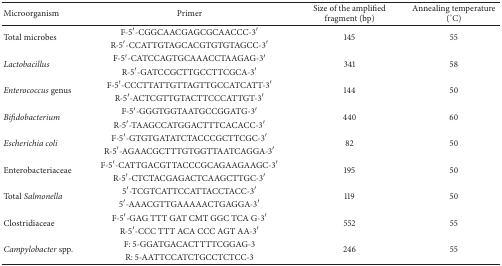
<table><thead><tr><td><b>Microorganism</b></td><td><b>Primer</b></td><td><b>Size of the amplified fragment (bp)</b></td><td><b>Annealing temperature (°C)</b></td></tr></thead><tbody><tr><td rowspan="2">Total microbes</td><td>F-5′-CGGCAACGAGCGCAACCC-3′</td><td rowspan="2">145</td><td rowspan="2">55</td></tr><tr><td>R-5′-CCATTGTAGCACGTGTGTAGCC-3′</td></tr><tr><td rowspan="2"><i>Lactobacillus</i></td><td>F-5′-CATCCAGTGCAAACCTAAGAG-3′</td><td rowspan="2">341</td><td rowspan="2">58</td></tr><tr><td>R-5′-GATCCGCTTGCCTTCGCA-3′</td></tr><tr><td rowspan="2"><i>Enterococcus </i>genus</td><td>F-5′-CCCTTATTGTTAGTTGCCATCATT-3′</td><td rowspan="2">144</td><td rowspan="2">50</td></tr><tr><td>R-5′-ACTCGTTGTACTTCCCATTGT-3′</td></tr><tr><td rowspan="2"><i>Bifidobacterium</i></td><td>F-5′-GGGTGGTAATGCCGGATG-3′</td><td rowspan="2">440</td><td rowspan="2">60</td></tr><tr><td>R-5′-TAAGCCATGGACTTTCACACC-3′</td></tr><tr><td rowspan="2"><i>Escherichia coli</i></td><td>F-5′-GTGTGATATCTACCCGCTTCGC-3′</td><td rowspan="2">82</td><td rowspan="2">50</td></tr><tr><td>R-5′-AGAACGCTTTGTGGTTAATCAGGA-3′</td></tr><tr><td rowspan="2">Enterobacteriaceae</td><td>F-5′-CATTGACGTTACCCGCAGAAGAAGC-3′</td><td rowspan="2">195</td><td rowspan="2">50</td></tr><tr><td>R-5′-CTCTACGAGACTCAAGCTTGC-3′</td></tr><tr><td rowspan="2">Total <i>Salmonella</i></td><td>5′-TCGTCATTCCATTACCTACC-3′</td><td rowspan="2">119</td><td rowspan="2">50</td></tr><tr><td>5′-AAACGTTGAAAAACTGAGGA-3′</td></tr><tr><td rowspan="2">Clostridiaceae</td><td>F-5′-GAG TTT GAT CMT GGC TCA G-3′</td><td rowspan="2">552</td><td rowspan="2">55</td></tr><tr><td>R-5′-CCC TTT ACA CCC AGT AA-3′</td></tr><tr><td rowspan="2"><i>Campylobacter</i> spp.</td><td>F: 5-GGATGACACTTTTCGGAG-3</td><td rowspan="2">246</td><td rowspan="2">55</td></tr><tr><td>R: 5-AATTCCATCTGCCTCTCC-3</td></tr></tbody></table>